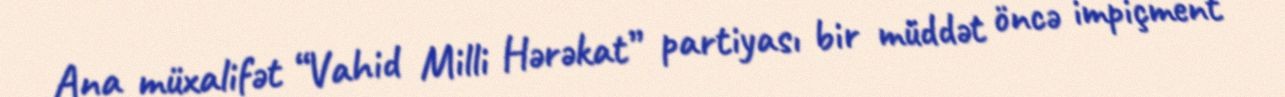
Ana müxalifət “Vahid Milli Hərəkat” partiyası bir müddət öncə impiçment